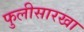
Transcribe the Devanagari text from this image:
फुलीसारखा